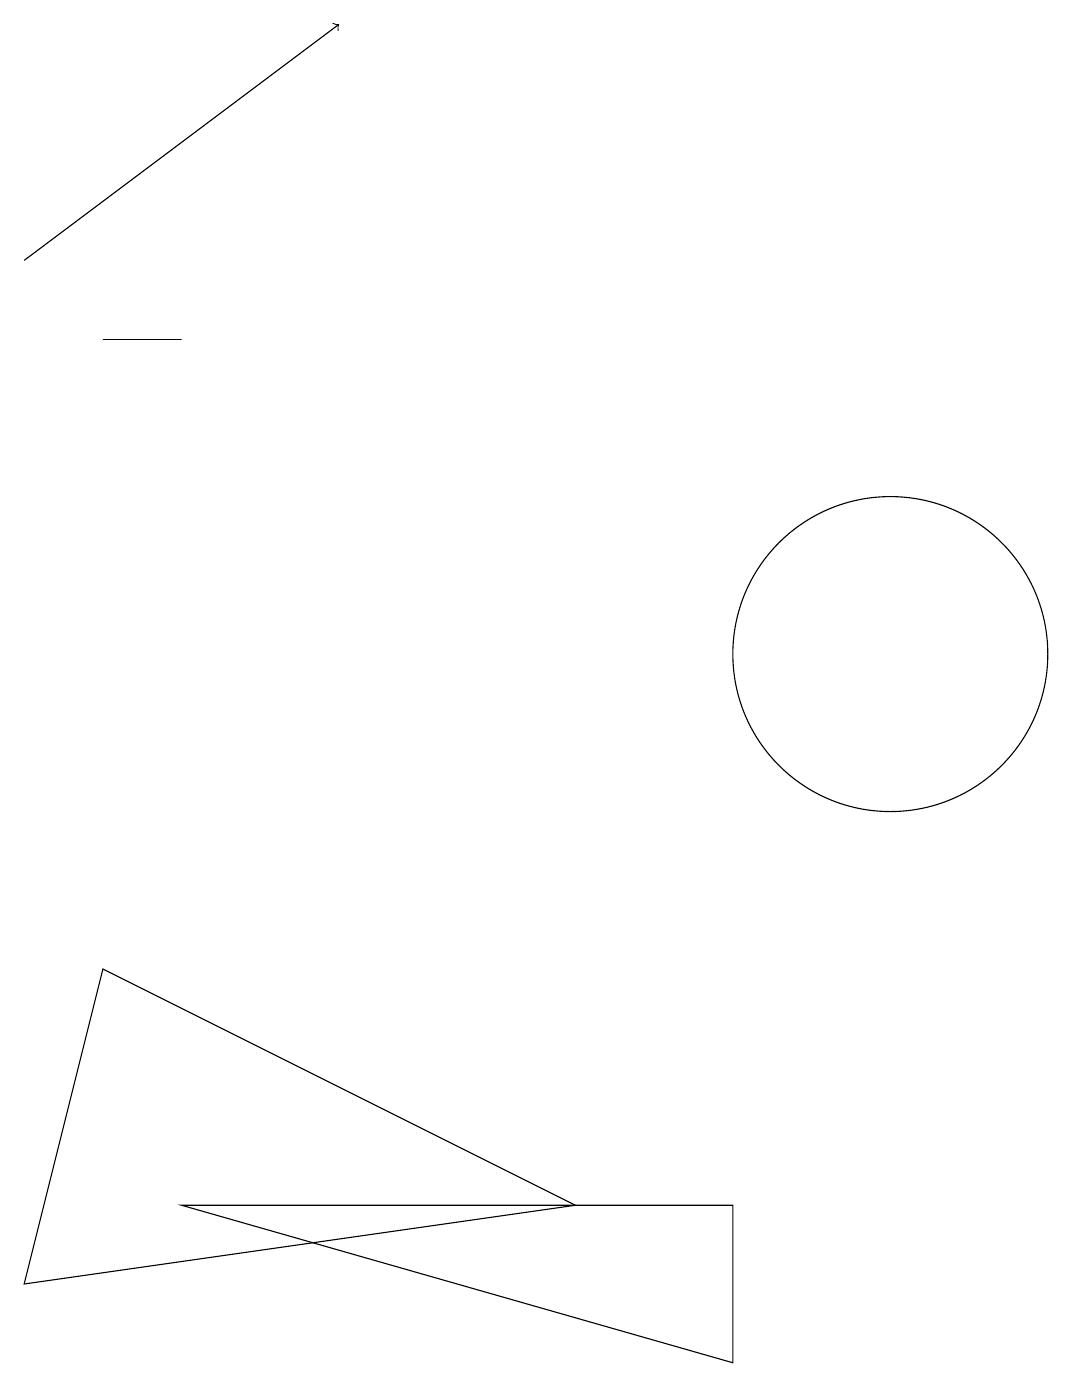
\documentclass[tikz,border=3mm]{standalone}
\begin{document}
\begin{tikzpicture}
\draw (2,3) -- (9,3) -- (9,1) -- cycle;
\draw (0,2) -- (7,3) -- (1,6) -- cycle;
\draw (11,10) circle (2);
\draw (2,14) rectangle (1,14);
\draw[->] (0,15) -- (4,18);
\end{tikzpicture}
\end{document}